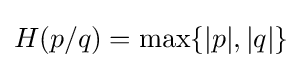
H(p/q)=\max\{|p|,|q|\}